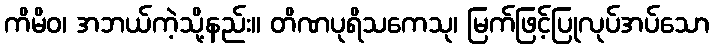
ကိမိဝ၊ အဘယ်ကဲ့သို့နည်း။ တိဏပုရိသကေသု၊ မြက်ဖြင့်ပြုလုပ်အပ်သော